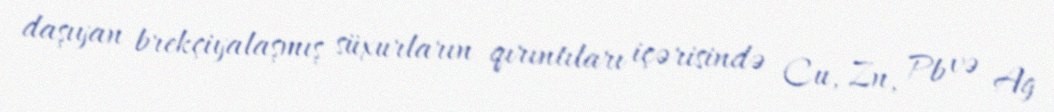
daşıyan brekçiyalaşmış süxurların qırıntıları içərisində Cu, Zn, Pb və Ag